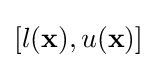
[l(\mathbf {x} ),u(\mathbf {x} )]